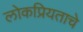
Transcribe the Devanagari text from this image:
लोकप्रियताचे